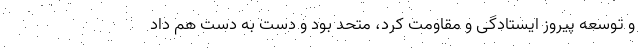
و توسعه پیروز ایستادگی و مقاومت کرد، متحد بود و دست به دست هم داد